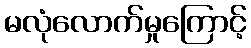
မလုံလောက်မှုကြောင့်